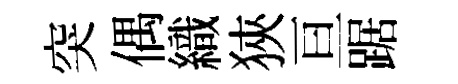
突偶織狹亘踞